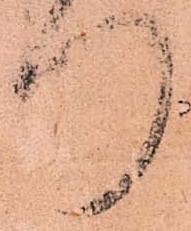
門